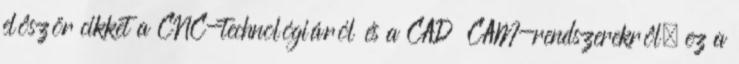
elôször cikket a CNC-technológiáról és a CAD CAM-rendszerekrôl, ez a